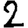
Digit: 2